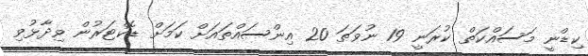
ކިޑްނީ މަސައްކަތް ކުރަނީ 19 ނުވަތަ 20 އިންސައްތައަށް ކަމަށް ޑޮކްޓަރުން ވިދާޅުވި